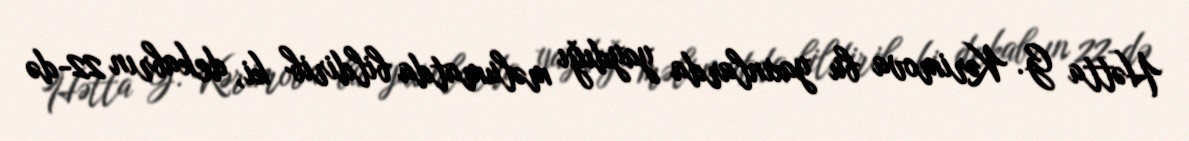
Hətta G. Kərimova bu yaxınlarda yaydığı məlumatda bildirib ki, dekabrın 22-də